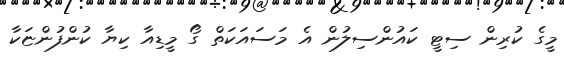
މީގެ ކުރިން ސިޓީ ކައުންސިލުން އެ މަސައަކަތް ގޯ މީޑިއާ ކިޔާ ކުންފުންޏަކާ